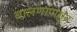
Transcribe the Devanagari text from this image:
बालणापासून